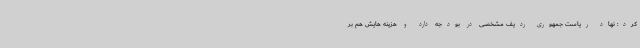
کرد: نهاد ریاست جمهوری ردیف مشخصی در بودجه دارد و هزینه هایش هم بر